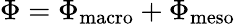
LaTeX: \Phi=\Phi_{\textup{macro}}+\Phi_{\textup{meso}}